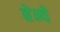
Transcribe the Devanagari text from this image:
बेन्वे